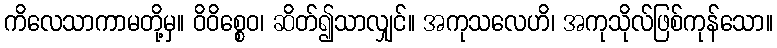
ကိလေသာကာမတို့မှ။ ဝိဝိစ္စေဝ၊ ဆိတ်၍သာလျှင်။ အကုသလေဟိ၊ အကုသိုလ်ဖြစ်ကုန်သော။